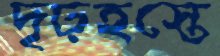
দৃঢ়হস্তে